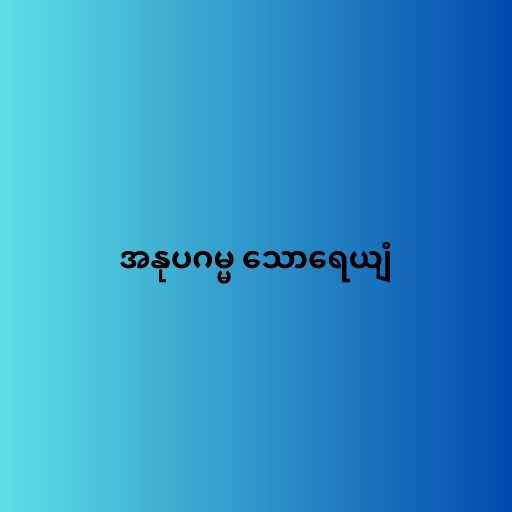
အနုပဂမ္မ သောရေယျံ